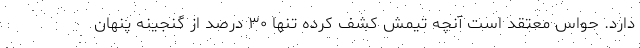
دارد. حواس معتقد است آنچه تیمش کشف کرده تنها ۳۰ درصد از گنجینه پنهان